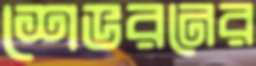
শেভরনের